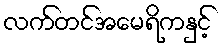
လက်တင်အမေရိကနှင့်